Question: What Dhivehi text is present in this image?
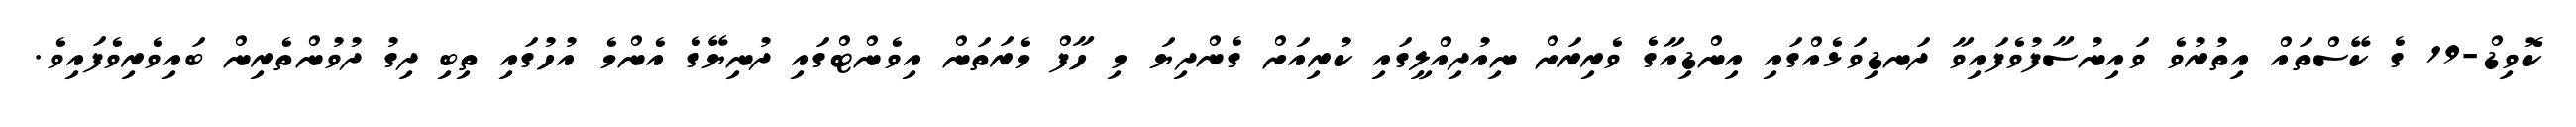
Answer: ކޮވިޑް-19 ގެ ކޭސްތައް އިތުރުވެ ވައިނުސާފުވެފައިވާ ދަނޑިވަޅެއްގައި އިންޑިއާގެ ވެރިރަށް ނިއުދިއްލީގައި ކުރިއަށް ގެންދިޔަ މި ހާފް މެރަތަން އިވެންޓްގައި ދުނިޔޭގެ އެންމެ އުހުގައި ތިބި ދިގު ދުވުންތެރިން ބައިވެރިވެފައިވެ.